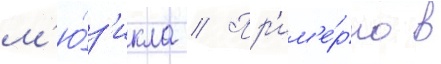
м'ю́з'икла // Пр'им'е́рно в